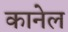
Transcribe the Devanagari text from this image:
कानेल